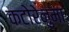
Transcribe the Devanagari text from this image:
कटोरेनुमा